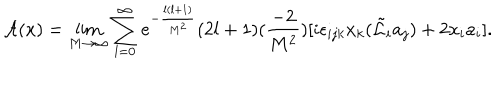
LaTeX: { \cal A } ( x ) = \lim _ { M \rightarrow \infty } \sum _ { l = 0 } ^ { \infty } e ^ { - \frac { l ( l + 1 ) } { M ^ { 2 } } } ( 2 l + 1 ) ( \frac { - 2 } { M ^ { 2 } } ) [ i \epsilon _ { i j k } x _ { k } ( \tilde { \cal L } _ { i } a _ { j } ) + 2 x _ { i } a _ { i } ] .